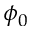
\phi _ { 0 }